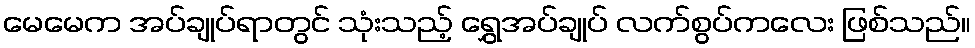
မေမေက အပ်ချုပ်ရာတွင် သုံးသည့် ရွှေအပ်ချုပ် လက်စွပ်ကလေး ဖြစ်သည်။